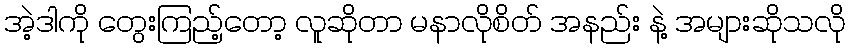
အဲ့ဒါကို တွေးကြည့်တော့ လူဆိုတာ မနာလိုစိတ် အနည်း နဲ့ အများဆိုသလို